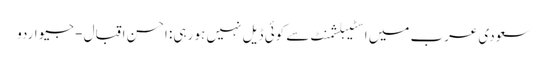
سعودی عرب میں اسٹیبلشمنٹ سے کوئی ڈیل نہیں ہو رہی: احسن اقبال - جیو اردو